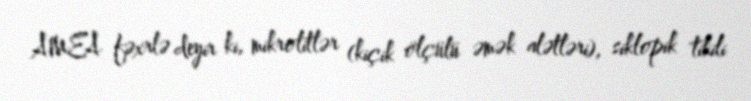
AMEA fəxrlə deyir ki, mikrolitlər (kiçik ölçülü əmək alətləri), siklopik tikili